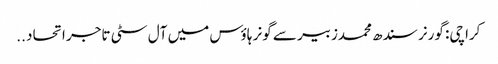
کراچی: گورنر سندھ محمدزبیر سے گونر ہاؤس میں آل سٹی تاجر اتحاد ..